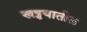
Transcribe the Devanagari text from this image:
खड्डयातील